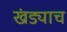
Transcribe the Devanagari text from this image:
खंड्याच